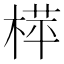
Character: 𬃟